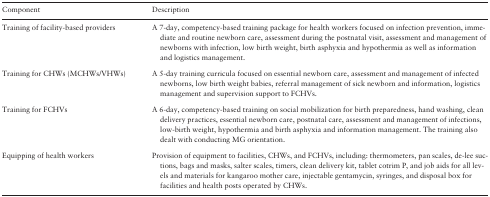
<table><thead><tr><td><b>Component</b></td><td><b>Description</b></td></tr></thead><tbody><tr><td>Training of facility-based providers</td><td>A 7-day, competency-based training package for health workers focused on infection prevention, immediate and routine newborn care, assessment during the postnatal visit, assessment and management of newborns with infection, low birth weight, birth asphyxia and hypothermia as well as information and logistics management.</td></tr><tr><td>Training for CHWs (MCHWs/VHWs)</td><td>A 5-day training curricula focused on essential newborn care, assessment and management of infected newborns, low birth weight babies, referral management of sick newborn and information, logistics management and supervision support to FCHVs.</td></tr><tr><td>Training for FCHVs</td><td>A 6-day, competency-based training on social mobilization for birth preparedness, hand washing, clean delivery practices, essential newborn care, postnatal care, assessment and management of infections, low-birth weight, hypothermia and birth asphyxia and information management. The training also dealt with conducting MG orientation.</td></tr><tr><td>Equipping of health workers</td><td>Provision of equipment to facilities, CHWs, and FCHVs, including: thermometers, pan scales, de-lee suctions, bags and masks, salter scales, timers, clean delivery kit, tablet cotrim P, and job aids for all levels and materials for kangaroo mother care, injectable gentamycin, syringes, and disposal box for facilities and health posts operated by CHWs.</td></tr></tbody></table>